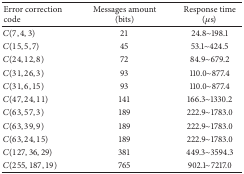
| Error correction code | Messages amount (bits) | Response time (μs) |
 | --- | --- | --- |
 | C(7,4, 3) | 21 | 24.8∼198.1 |
 | C(15,5, 7) | 45 | 53.1∼424.5 |
 | C(24,12,8) | 72 | 84.9∼679.2 |
 | C(31,26,3) | 93 | 110.0∼877.4 |
 | C(31,6, 15) | 93 | 110.0∼877.4 |
 | C(47,24,11) | 141 | 166.3∼1330.2 |
 | C(63,57,3) | 189 | 222.9∼1783.0 |
 | C(63,39,9) | 189 | 222.9∼1783.0 |
 | C(63,24,15) | 189 | 222.9∼1783.0 |
 | C(127,36,29) | 381 | 449.3∼3594.3 |
 | C(255,187,19) | 765 | 902.1∼7217.0 |